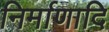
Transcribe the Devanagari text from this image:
निर्माणादि